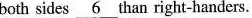
both sides \underline{6} than right-handers.